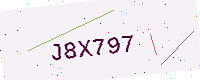
Text: J8X797